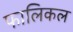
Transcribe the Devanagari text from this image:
फालिकल